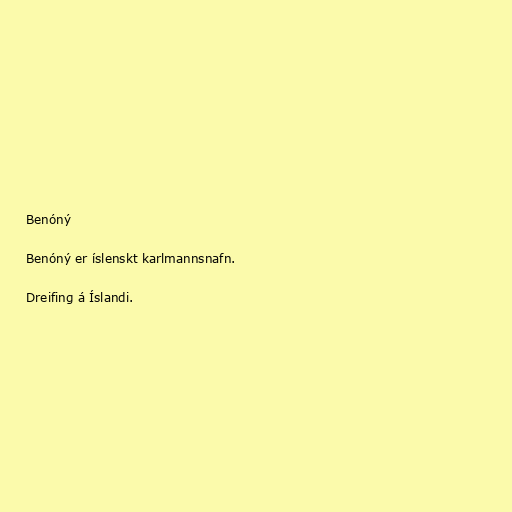
Benóný

Benóný er íslenskt karlmannsnafn.

Dreifing á Íslandi.